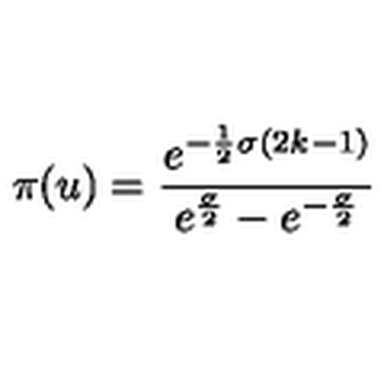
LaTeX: \pi ( u ) = \frac { e ^ { - \frac { 1 } { 2 } \sigma ( 2 k - 1 ) } } { e ^ { \frac { \sigma } { 2 } } - e ^ { - \frac { \sigma } { 2 } } }